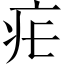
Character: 疟